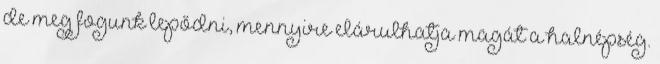
de meg fogunk lepődni, mennyire elárulhatja magát a halnépség.